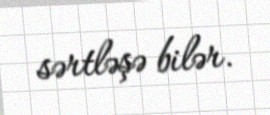
sərtləşə bilər.